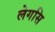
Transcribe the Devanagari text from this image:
लेगसि